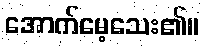
အောက်မေ့သေး၏။